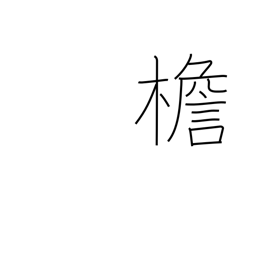
Meaning: eaves